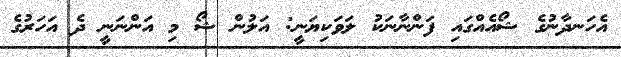
އެހަނދާނުގެ ޝޯއެއްގައި ފަންނާނަކު ލަވަކިޔަނީ: އަލުން ޝޯ މި އަންނަނީ ދެ އަހަރުގެ